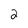
Character: 2